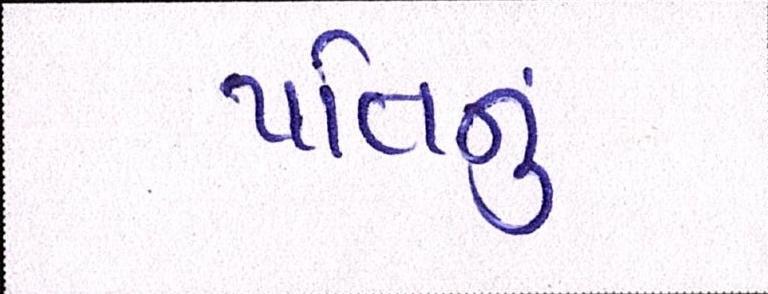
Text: પતિનું